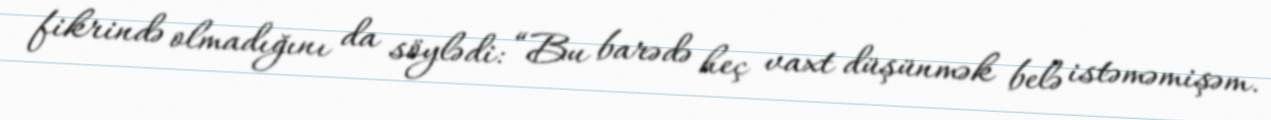
fikrində olmadığını da söylədi: “Bu barədə heç vaxt düşünmək belə istəməmişəm.